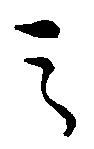
之